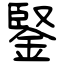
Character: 鋻